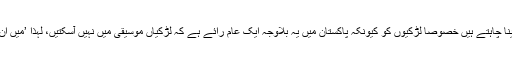
انھوں نے بتایا کہ وہ زیادہ سے زیادہ نئے لوگوں کو موقع دینا چاہتے ہیں خصوصاً لڑکیوں کو کیونکہ پاکستان میں یہ بلاوجہ ایک عام رائے ہے کہ لڑکیاں موسیقی میں نہیں آسکتیں، لہٰذا ’میں ان کی مدد کرنا چاہتا ہوں تاکہ وہ اپنے خواب پورے کرسکیں۔